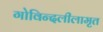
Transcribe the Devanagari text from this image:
गोविन्दलीलामृत